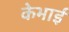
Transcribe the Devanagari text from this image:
केभाई